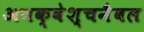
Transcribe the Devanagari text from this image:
अनक्वेश्चनैबल